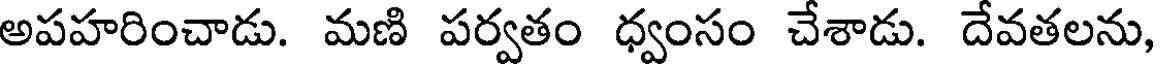
అపహరించాడు. మణి పర్వతం ధ్వంసం చేశాడు. దేవతలను,